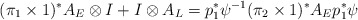
\begin{align*}(\pi_1\times 1)^* A_E\otimes I + I\otimes A_L =p_1^*\psi^{-1} (\pi_2\times 1)^* A_E p_1^*\psi\end{align*}